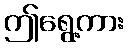
ဤရွေ့ကား